Plague in India, 1896, 1897 - Volume 1
Year: 1896
Disease focus: Plague
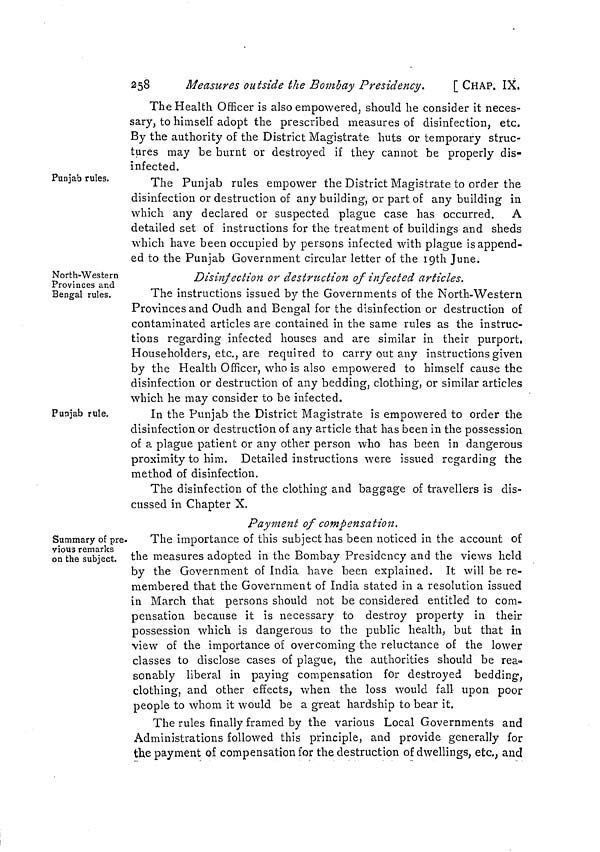
258
Measures outside the Bombay Presidency.
[ CHAP. IX,
The Health Officer is also empowered, should he consider it neces-
sary, to himself adopt the prescribed measures of disinfection, etc,
By the authority of the District Magistrate huts or temporary struc-
tures may be burnt or destroyed if they cannot be properly dis-
infected.
Punjab rules.
The Punjab rules empower the District Magistrate to order the
disinfection or destruction of any building, or part of any building in
which any declared or suspected plague case has occurred. A
detailed set of instructions for the treatment of buildings and sheds
which have been occupied by persons infected with plague is append-
ed to the Punjab Government circular letter of the 19th June.
North-Western
Provinces and
Bengal rules.
Disinfection or destruction of infected articles.
The instructions issued by the Governments of the North-Western
Provinces and Oudh and Bengal for the disinfection or destruction of
contaminated articles are contained in the same rules as the instruc-
tions regarding infected houses and are similar in their purport,
Householders, etc., are required to carry out any instructions given
by the Health Officer, who is also empowered to himself cause the
disinfection or destruction of any bedding, clothing, or similar articles
which he may consider to be infected.
Punjab rule.
In the Punjab the District Magistrate is empowered to order the
disinfection or destruction of any article that has been in the possession
of a plague patient or any other person who has been in dangerous
proximity to him. Detailed instructions were issued regarding the
method of disinfection.
The disinfection of the clothing and baggage of travellers is dis-
cussed in Chapter X.
Summary of pre-
vious remarks
on the subject.
Payment of compensation.
The importance of this subject has been noticed in the account of
the measures adopted in the Bombay Presidency and the views held
by the Government of India have been explained. It will be re-
membered that the Government of India stated in a resolution issued
in March that persons should not be considered entitled to com-
pensation because it is necessary to destroy property in their
possession which is dangerous to the public health, but that in
view of the importance of overcoming the reluctance of the lower
classes to disclose cases of plague, the authorities should be rea-.
sonably liberal in paying compensation for destroyed bedding,
clothing, and other effects, when the loss would fall upon poor
people to whom it would be a great hardship to bear it.
The rules finally framed by the various Local Governments and
Administrations followed this principle, and provide generally for
the payment of compensation for the destruction of dwellings, etc., and